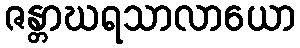
ဇန္တာဃရသာလာယော